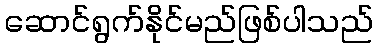
ဆောင်ရွက်နိုင်မည်ဖြစ်ပါသည်